Indian journal of veterinary science and animal husbandry - Volumes 15-17, 1948-1951
Year: 1948
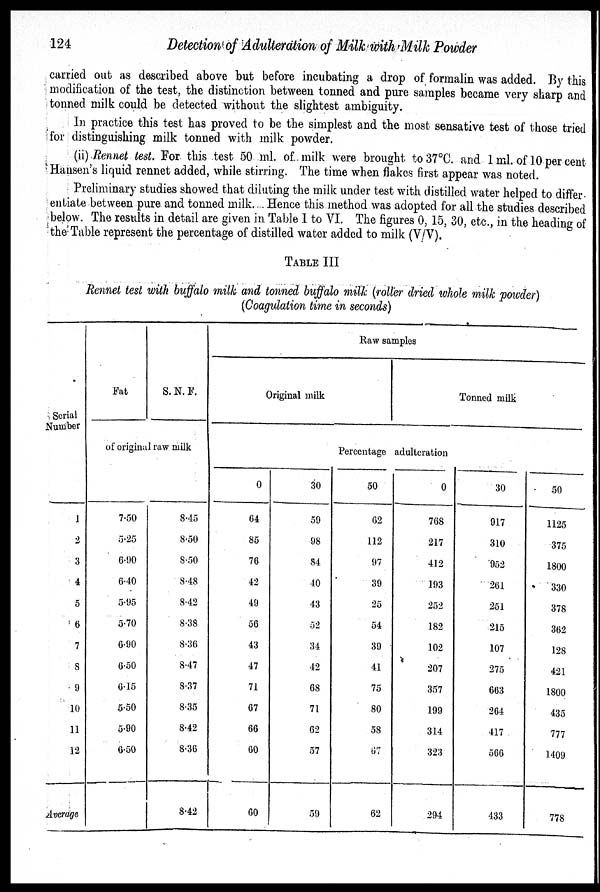
124
Detection of Adulteration of Milk with Milk Powder
carried out as described above but before incubating a drop of formalin was added. By this
modification of the test, the distinction between tonned and pure samples became very sharp and
tonned milk could be detected without the slightest ambiguity.
In practice this test has proved to be the simplest and the most sensative test of those tried
for distinguishing milk tonned with milk powder.
(ii) Rennet test. For this test 50 ml. of milk were brought to 37ºC. and 1 ml. of 10 per cent
Hansen's liquid rennet added, while stirring. The time when flakes first appear was noted.
Preliminary studies showed that diluting the milk under test with distilled water helped to differ
entiate between pure and tonned milk. Hence this method was adopted for all the studies described
below. The results in detail are given in Table I to VI. The figures 0, 15, 30, etc., in the heading of
the Table represent the percentage of distilled water added to milk (V/V).
TABLE III
Rennet test with buffalo milk and tonned buffalo milk (roller dried whole milk powder)
(Coagulation time in seconds)
Serial
Number
1
2
3
4
5
6
7
8
9
10
11
12
Average
Fat
S. N. F.
of original raw milk
7.50
5.25
6.90
6.40
5.95
5.70
6.90
6.50
6.15
5.50
5.90
6.50
8.45
8.50
8.50
8.48
8.42
8.38
8.36
8.47
8.37
8.35
8.42
8.36
8.42
Raw samples
Original milk
Tonned milk
Percentage adulteration
0
64
85
76
42
49
56
43
47
71
67
66
60
60
30
59
98
84
40
43
52
34
42
68
71
62
57
59
50
62
112
97
39
25
54
39
41
75
80
58
67
62
0
768
217
412
193
252
182
102
207
357
199
314
323
294
30
917
310
952
261
251
215
107
275
663
264
417
566
433
50
1125
375
1800
330
378
362
128
421
1800
435
777
1409
778